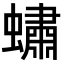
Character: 𧑛